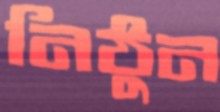
নিঠুন